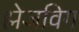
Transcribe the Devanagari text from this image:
श्लेजविग